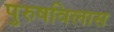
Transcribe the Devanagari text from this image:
पुरुषविलास